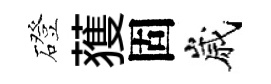
磴𫉬固嵗